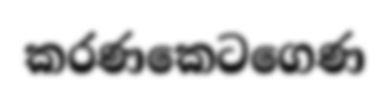
කරණකෙටගෙණ